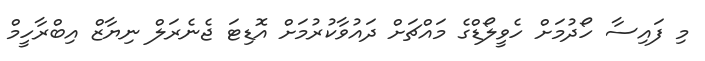
މި ފައިސާ ހޯދުމަށް ހެވީލޯޑްގެ މައްޗަށް ދައުވާކުރުމަށް އޮޑިޓަ ޖެނެރަލް ނިޔާޒް އިިބްރާހީމް